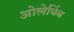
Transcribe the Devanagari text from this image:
ओलेचिंब